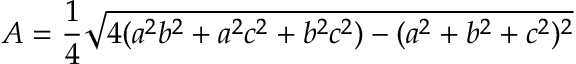
A = { \frac { 1 } { 4 } } { \sqrt { 4 ( a ^ { 2 } b ^ { 2 } + a ^ { 2 } c ^ { 2 } + b ^ { 2 } c ^ { 2 } ) - ( a ^ { 2 } + b ^ { 2 } + c ^ { 2 } ) ^ { 2 } } }